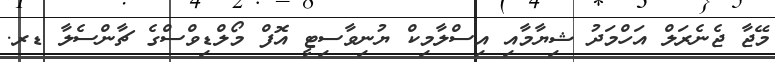
މޭޖާ ޖެނެރަލް އަހްމަދު ޝިޔާމާއި އިސްލާމިކް ޔުނިވާސިޓީ އޮފް މޯލްޑިވްސްގެ ޗާންސެލާ ޑރ.